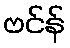
ဗင်န်